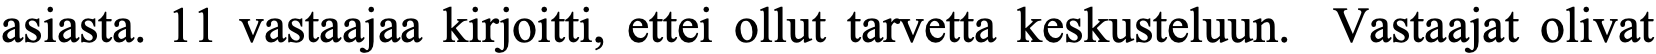
asiasta. 11 vastaajaa kirjoitti, ettei ollut tarvetta keskusteluun. Vastaajat olivat